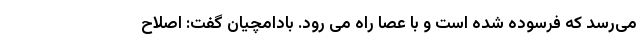
می‌رسد که فرسوده شده است و با عصا راه می رود. بادامچیان گفت: اصلاح